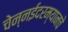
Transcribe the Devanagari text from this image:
चेन्नईदरम्यानचे